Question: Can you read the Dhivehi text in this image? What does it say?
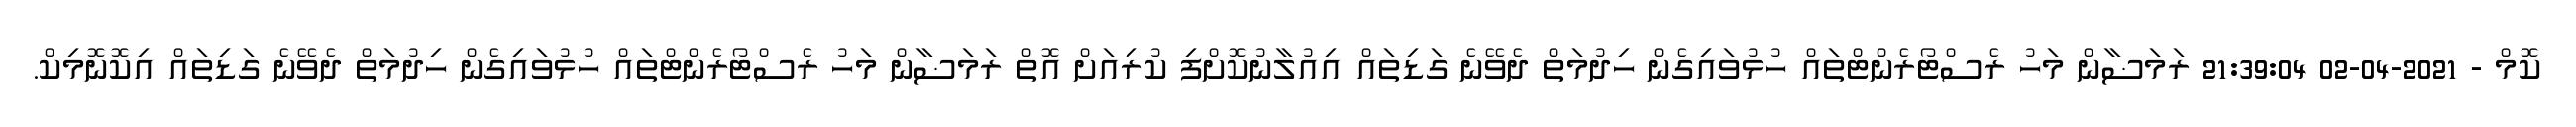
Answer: ކޮމް - 2021-04-02 21:39:04 ރަމަޟާން މަހު ރެސްޓޯރެންޓްތައް ހުޅުވައިގެން ހިދުމަތް ދެވޭނެ ގަޑިތައް އިއުލާނުކޮށްފި ކުރިއަށް އޮތް ރަމަޟާން މަހު ރެސްޓޯރެންޓްތައް ހުޅުވައިގެން ހިދުމަތް ދެވޭނެ ގަޑިތައް އިކޮނޮމިކް.